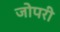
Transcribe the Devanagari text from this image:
जोपरी